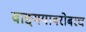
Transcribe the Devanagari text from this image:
वाङ्‌मयाबरोबरच